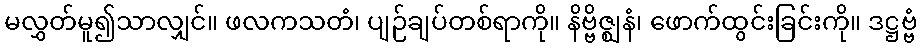
မလွှတ်မူ၍သာလျှင်။ ဖလကသတံ၊ ပျဉ်ချပ်တစ်ရာကို။ နိဗ္ဗိဇ္ဈနံ၊ ဖောက်ထွင်းခြင်းကို။ ဒဋ္ဌဗ္ဗံ